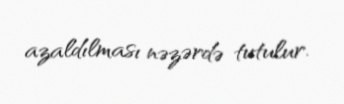
azaldılması nəzərdə tutulur.